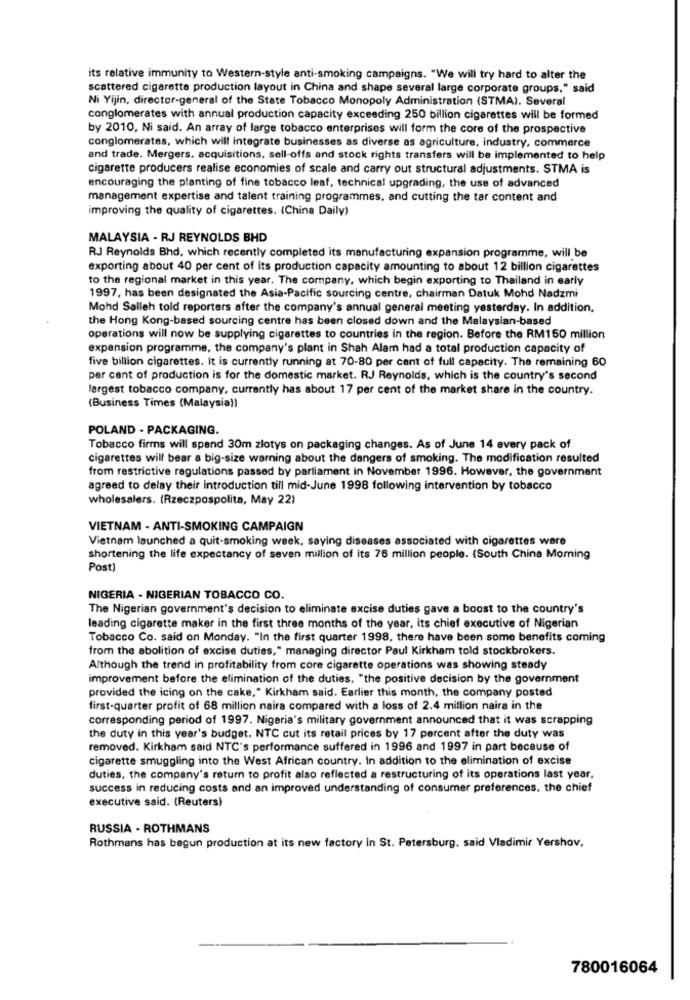
its relative immunity to Western-style anti-smoking campaigns. "We will try hard to alter the
scattered cigarette production layout in China and shape several large corporate groups," said
Ni Yijin, director-general of the State Tobacco Monopoly Administration (STMA). Several
conglomerates with annual production capacity exceeding 250 billion cigarettes will be formed
by 2010, Ni said. An array of large tobacco enterprises will form the core of the prospective
conglomerates, which will integrate businesses as diverse as agriculture, industry, commerce
and trade. Mergers, acquisitions, sell-offs and stock rights transfers will be implemented to help
cigarette producers realise economies of scale and carry out structural adjustments. STMA is
encouraging the planting of fine tobacco leaf, technical upgrading, the use of advanced
management expertise and talent training programmes, and cutting the tar content and
improving the quality of cigarettes. (China Daily)
MALAYSIA - RJ REYNOLDS BHD
RJ Reynolds Bhd, which recently completed its manufacturing expansion programme, will be
exporting about 40 per cent of its production capacity amounting to about 12 billion cigarettes
to the regional market in this year. The company, which begin exporting to Thailand in early
1997, has been designated the Asia-Pacific sourcing centre, chairman Datuk Mohd Nadzmi
Mohd Salleh told reporters after the company's annual general meeting yesterday. In addition,
the Hong Kong-based sourcing centre has been closed down and the Malaysian-based
operations will now be supplying cigarettes to countries in the region. Before the RM150 million
expansion programme, the company's plant in Shah Alam had a total production capacity of
five billion cigarettes. It is currently running at 70-80 per cent of full capacity. The remaining 60
per cent of production is for the domestic market. RJ Reynolds, which is the country's second
largest tobacco company, currently has about 17 per cent of the market share in the country.
(Business Times (Malaysia))
POLAND - PACKAGING.
Tobacco firms will spend 30m zlotys on packaging changes. As of June 14 every pack of
cigarettes will bear a big-size warning about the dangers of smoking. The modification resulted
from restrictive regulations passed by parliament in November 1996. However, the government
agreed to delay their introduction till mid-June 1998 following intervention by tobacco
wholesalers. (Rzeczpospolita, May 22)
VIETNAM - ANTI-SMOKING CAMPAIGN
Vietnam launched a quit-smoking week, saying diseases associated with cigarettes were
shortening the life expectancy of seven million of its 76 million people. (South China Morning
Post)
NIGERIA - NIGERIAN TOBACCO CO.
The Nigerian government's decision to eliminate excise duties gave a boost to the country's
leading cigarette maker in the first three months of the year, its chief executive of Nigerian
Tobacco Co. said on Monday. "In the first quarter 1998, there have been some benefits coming
from the abolition of excise duties," managing director Paul Kirkham told stockbrokers.
Although the trend in profitability from core cigarette operations was showing steady
improvement before the elimination of the duties. "the positive decision by the government
provided the icing on the cake," Kirkham said. Earlier this month, the company posted
first-quarter profit of 68 million naira compared with a loss of 2.4 million naira in the
corresponding period of 1997. Nigeria's military government announced that it was scrapping
the duty in this year's budget. NTC cut its retail prices by 17 percent after the duty was
removed. Kirkham said NTC's performance suffered in 1996 and 1997 in part because of
cigarette smuggling into the West African country. In addition to the elimination of excise
duties, the company's return to profit also reflected a restructuring of its operations last year.
success in reducing costs and an improved understanding of consumer preferences, the chief
executive said. (Reuters)
RUSSIA - ROTHMANS
Rothmans has begun production at its new factory in St. Petersburg, said Vladimir Yershov,
780016064